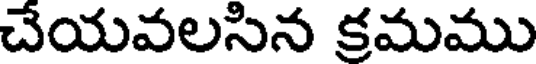
చేయవలసిన క్రమము